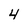
Character: 4